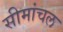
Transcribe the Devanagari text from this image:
सीमांचल